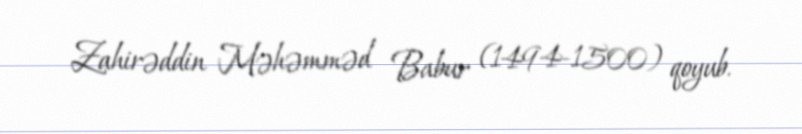
Zahirəddin Məhəmməd Babur (1494-1500) qoyub.